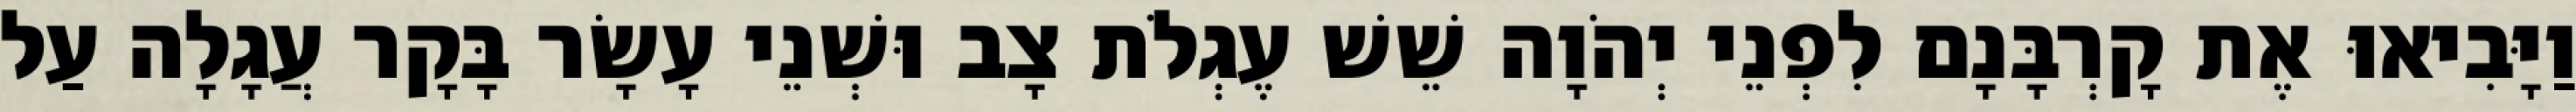
וַיָּבִיאוּ אֶת קָרְבָּנָם לִפְנֵי יְהֹוָה שֵׁשׁ עֶגְלֹת צָב וּשְׁנֵי עָשָׂר בָּקָר עֲגָלָה עַל